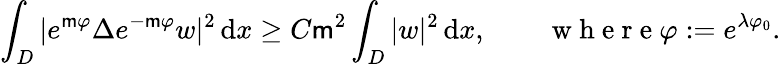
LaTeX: \int_{{D}}|e^{\mathsf{m}\varphi}\Delta e^{-\mathsf{m}\varphi}w|^{2}\, \mathrm{d}x\geq C\mathsf{m}^{2}\int_{{D}}|w|^{2}\, \mathrm{d}x,\qquad\mathrm{~w~h~e~r~e~}\varphi:=e^{\lambda\varphi_{0}}.